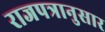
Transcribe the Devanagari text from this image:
राजपत्रानुसार